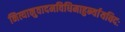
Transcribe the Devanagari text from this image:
नित्यानुवादमविधिमाहुर्न्यायविदः